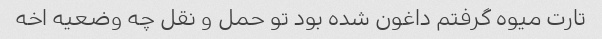
تارت میوه گرفتم داغون شده بود تو حمل و نقل چه وضعیه اخه